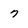
Character: 7